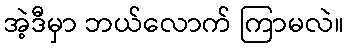
အဲ့ဒီမှာ ဘယ်လောက် ကြာမလဲ။